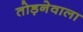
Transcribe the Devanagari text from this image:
तोड़नेवाला